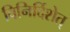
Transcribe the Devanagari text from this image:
विनिर्दिशेत्